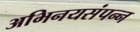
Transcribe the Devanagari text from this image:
अभिनयसंपन्‍न